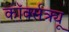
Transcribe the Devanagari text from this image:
कॉर्क्सक्र्यू